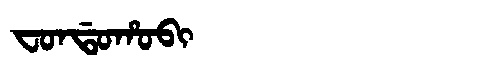
Manchu: ᠸᠣᠨᡩᠣᡥᠣᠪᡳ
Romanization: FONDOHOBI